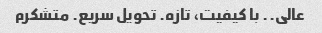
عالی.. با کیفیت، تازه. تحویل سریع. متشکرم